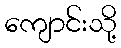
ကျောင်းသို့